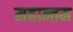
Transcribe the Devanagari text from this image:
महान्तम